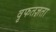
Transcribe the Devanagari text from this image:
वृफतज्ञता